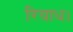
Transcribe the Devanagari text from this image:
रियाध।